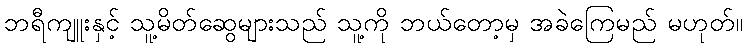
ဘရီကျူးနှင့် သူ့မိတ်ဆွေများသည် သူ့ကို ဘယ်တော့မှ အခဲကြေမည် မဟုတ်။